Scottish Leaving Certificate Examination, 1952
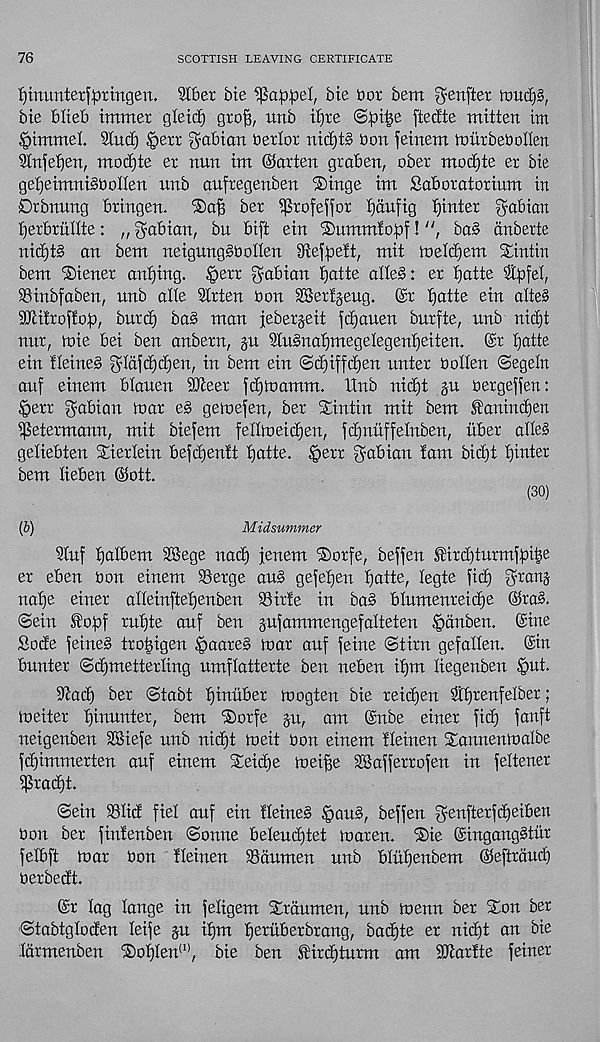
76
SCOTTISH LEAVING CERTIFICATE
fyinimtetfaringen. Slber bie ^ap^el, bte tior bem ^ettfter itmcE)§,
bit blieb immet gletd) gro^, unb ttjre @:pi£e ftedte mitten im
§tmmel 2tuci) §ert gabion tier lor nic£)t» bon feinem tburbebolten
?tnfet)en, modjte er nun im ©arten graben, ober mod)te er bie
gebeimniSbotlen unb aufregenben ®inge im Sab or at or ium in
Drbnurtg bringen.
'©ab ber ^rofe^for f)aufig binter gabion
tjerbrullte: „ gabion, bu bift ein 'Summlobf!
ba§ anberte
nid)t§ an bem neigungSbodeu 9iefpeft, mit tbeldjem Sintin
bem Wiener anf)irtg. §err gabion batte alle§: er tjatte %fel,
S3inbfaben, unb alte Slrten bon SSertgeug. @t tjatte ein alte§
iDlitroftob, burd) ba§ man jebergeit fdjauen burfte, unb nid)t
nur, toie bei ben anbern, gu 9tu§nat)megelegent)eiten. @r batte
ein fleined glajdjd^en, in bem ein @d)iffd)eu unter bollen ©egeln
auf einem blauen SOteer fdjtoamm. Hub riid)t §u bergeflen:
|)err gabion toar e§ geiuefen, ber Sin tin mit bem fanindjen
ipetermanu, mit biefem fedtoeicben, fcbuuffelnben, iiber ade§
gedebten Sierlein bejdjentt bntte. §err gabion !am bicbt b^d er
bem tieben ©ott.
(30)
(J)
Midsummer
Stuf fyalhem SBege nad) jeuem Sorfe, beffen SHrd)turmft>it$ e
er eben bon einem Serge aus gefeben botte, legte fid) granj
uabe einer adeinftebenben Sirte in ba§ blumenreidje ©ra§.
©ein fobf rubte auf ben §ufammengefadeten §anben. Sine
Sode feine§ trotngen §aare§ toar auf feme ©tint gefaden. ©in
bunter ©d)metterling umflatterte ben neben ibut liegenben (put.
Sfod) ber ©tabt bittdber toogten bie reii^en 3tb retl f e^er >
toeiter blunter, bem Sorfe §u, am ©nbe einer ficb fanft
neigenben SBiefe unb nid)t toeit bon einem Iteinen Sannentoalbe
fd)immerten auf einem Seidje toeifte SSafferrofen in fedener
iPrad)t.
©ein Slid fiel auf ein tleined §au§, beffen genfterfcbeiben
bon ber fintenben ©onne beleud)tet toaren. Sie ©ingang^titr
felbft toar bon fleinen Saumen unb btubenbem ©eftrauct)
berbedt.
©r lag lange in feligem Sraumen, unb toenu ber Son ber
©tabtgtoden teife p ibm b ex dberbrang, badfte er nid)t an bie
latmenben Sobten (1) , bie ben ®ird)turm am SOtartte feiner